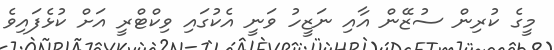
މީގެ ކުރިން ސުޒޭން އާއި ނަޒީހު ވަނީ އެކުގައި ވިކްޓްރީ އަށް ކުޅެފައިވެ